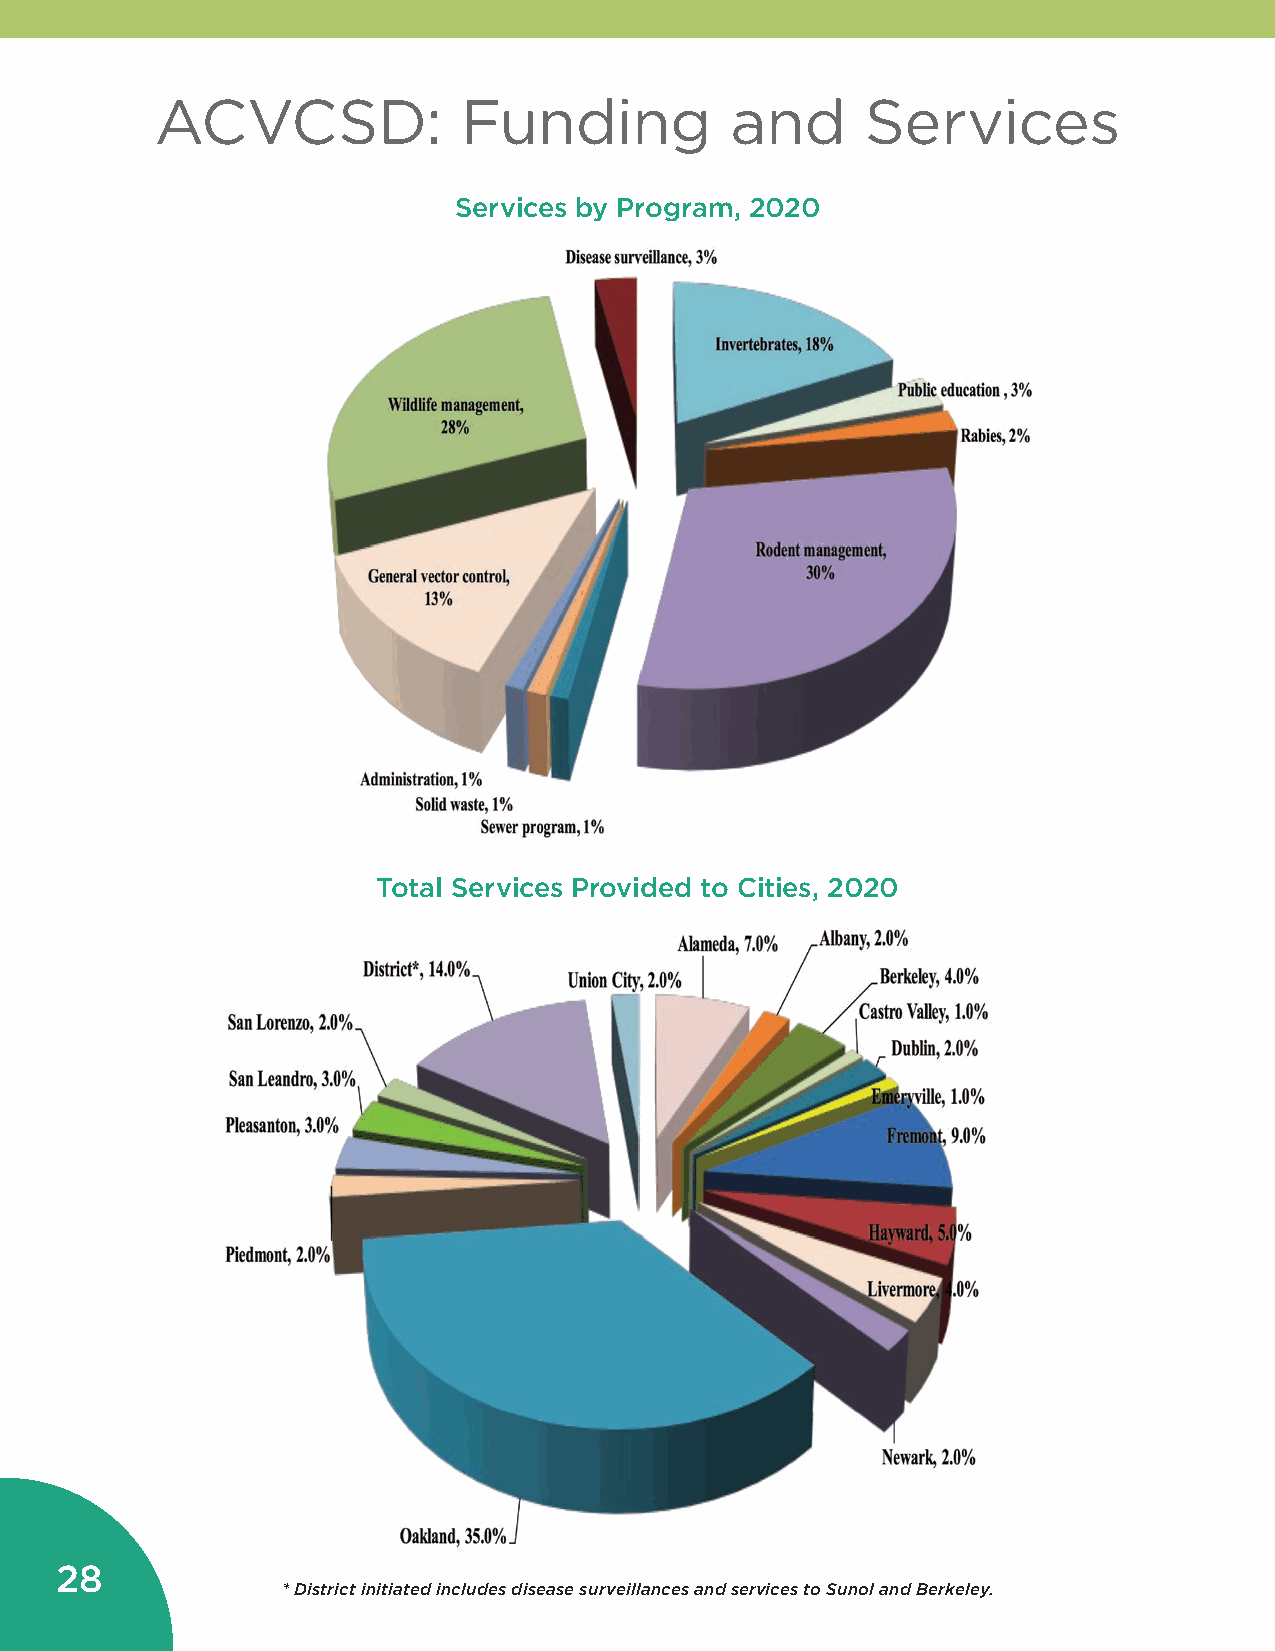
ACVCSD:              Funding          and      Services
 Services by Program, 2020
 Total Services Provided to Cities, 2020
 28
 * District initiated includes disease surveillances and services to Sunol and Berkeley.